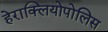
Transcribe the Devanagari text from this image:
हेराक्लियोपोलिस